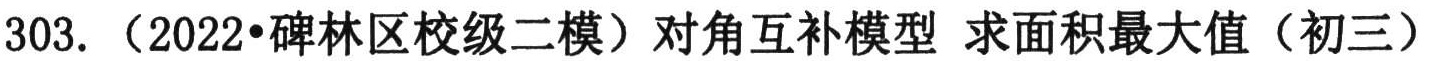
303. （2022•碑林区校级二模）对角互补模型 求面积最大值（初三）